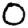
Digit: 0